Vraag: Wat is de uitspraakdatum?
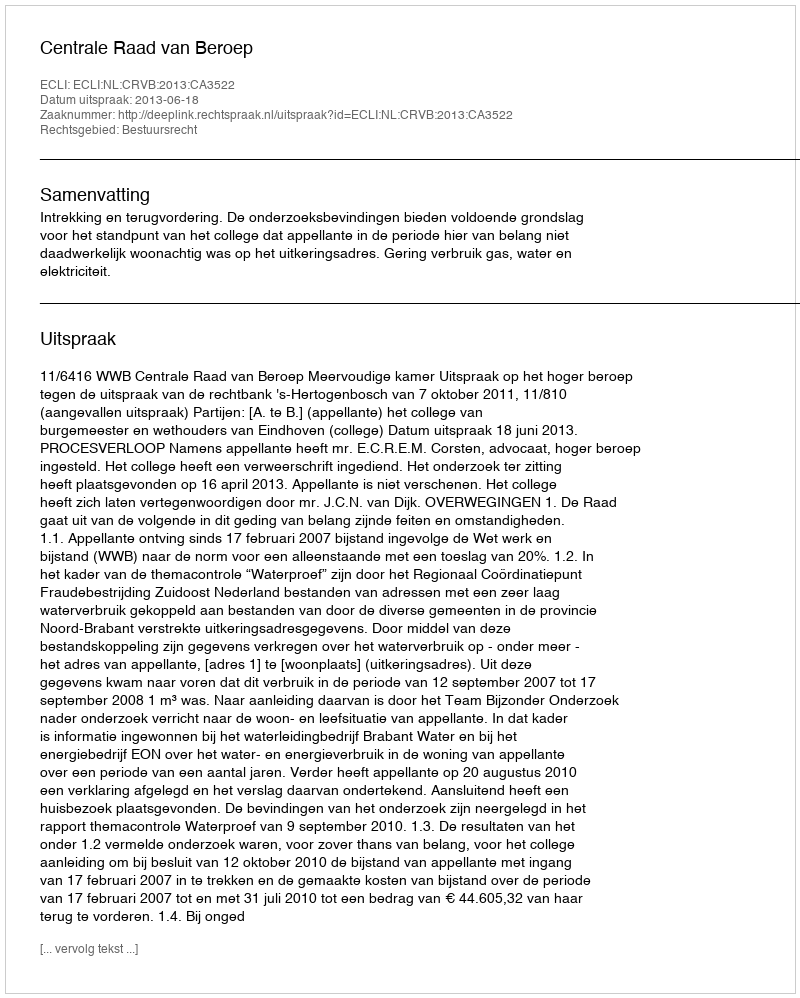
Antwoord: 2013-06-18